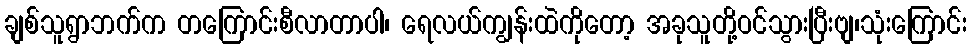
ချစ်သူရွာဘက်က တကြောင်းစီလာတာပါ၊ ရေလယ်ကျွန်းထဲကိုတော့ အခုသူတို့ဝင်သွားပြီးဗျ၊သုံးကြောင်း